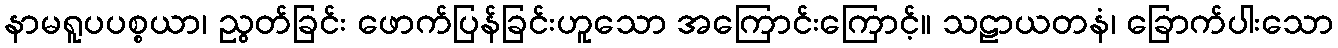
နာမရူပပစ္စယာ၊ ညွတ်ခြင်း ဖောက်ပြန်ခြင်းဟူသော အကြောင်းကြောင့်။ သဠာယတနံ၊ ခြောက်ပါးသော